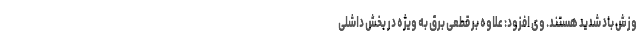
وزش باد شدید هستند. وی افزود: علاوه بر قطعی برق به ویژه در بخش داشلی